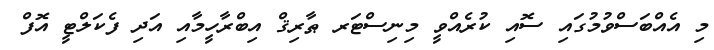
މި އެއްބަސްވުމުގައި ސޮއި ކުރެއްވީ މިނިސްޓަރ ޠާރިޤް އިބްރާހީމާއި އަދި ފެކަލްޓީ އޮފް